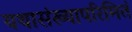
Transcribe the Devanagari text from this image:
यथासंख्यापरिमितं